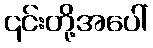
၎င်းတို့အပေါ်